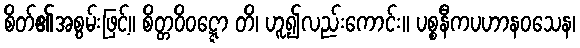
စိတ်၏အစွမ်းဖြင့်။ စိတ္တဝိဝဋ္ဋော တိ၊ ဟူ၍လည်းကောင်း။ ပစ္စနီကပဟာနဝသေန၊